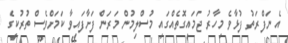
އެ ނަފްރަތު ފުޅާވެ މިހާރު ޖަމައީގޮތެއްގައި މުސްލިމުން މަރަން ފަށާފައިވާ ކަމަށްވެސް ތުރުކީގެ